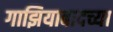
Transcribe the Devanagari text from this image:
गाझियाबादच्या